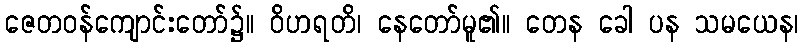
ဇေတဝန်ကျောင်းတော်၌။ ဝိဟရတိ၊ နေတော်မူ၏။ တေန ခေါ ပန သမယေန၊